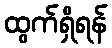
ထွက်ရှိရန်